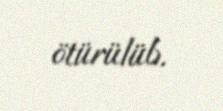
ötürülüb.